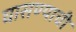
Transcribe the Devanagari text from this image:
घासण्याची